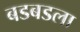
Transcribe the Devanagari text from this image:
बडबडला